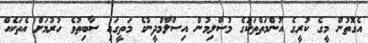
އެގޮތުން މީގެ ކުރީގެ އުންމަތްތަކުގެ މުސްލިމުން އިސްލާމްދީނުގެ މަތީގައި ސާބިތުވެ ހުރުމަށް އެތަކެއް